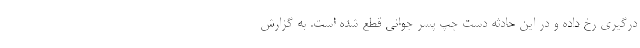
درگیری رخ داده و در این حادثه دست چپ پسر جوانی قطع شده است. به گزارش